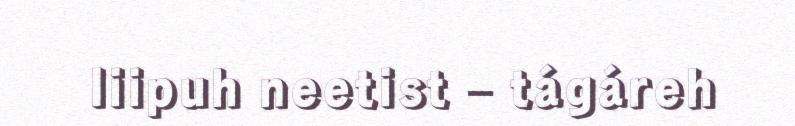
liipuh neetist – tágáreh